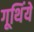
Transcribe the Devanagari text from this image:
गूथिंये